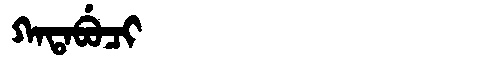
Manchu: ᡴᠠᡨᠠᠪᡠᠴᡳ
Romanization: KATABUCI